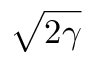
\sqrt { 2 \gamma }